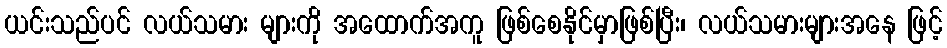
ယင်းသည်ပင် လယ်သမား များကို အထောက်အကူ ဖြစ်စေနိုင်မှာဖြစ်ပြီး၊ လယ်သမားများအနေ ဖြင့်